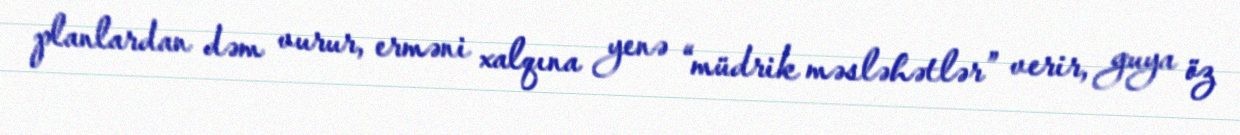
planlardan dəm vurur, erməni xalqına yenə “müdrik məsləhətlər” verir, guya öz